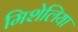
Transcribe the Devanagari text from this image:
मिशेलिया